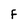
Character: F